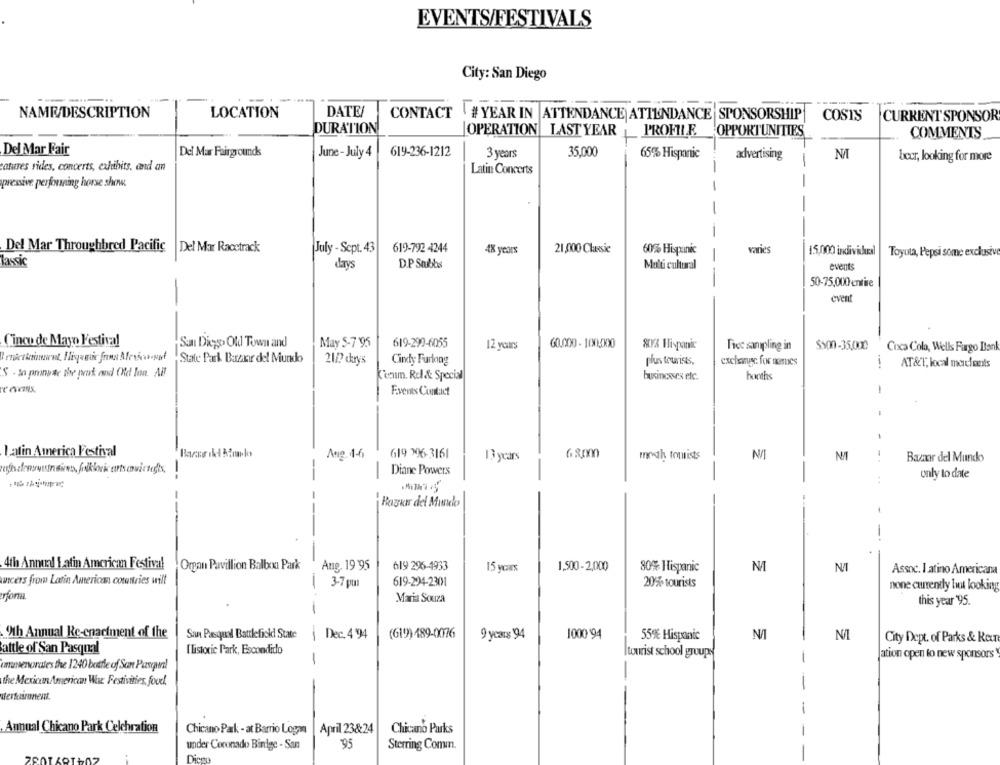
EVENTS/FESTIVALS
City: San Diego
NAME/DESCRIPTION
LOCATION
DATE/
CONTACT # YEAR IN ATTENDANCE ATTENDANCE SPONSORSHIP
COSTS
CURRENT SPONSOR
DURATION
OPERATION LAST YEAR
PROFILE
OPPORTUNITIES
COMMENTS
Del Mar Fair
June -July 4
619-236-1212
3 years
35.000
Del Mar Fairgrounds
65% Hispanic
advertising
-
beer, looking for more
atures rides, concerts, exhibits, and an
Latin Concerts
pressive performing horse show.
-
-
-
Del Mar Throughbred Pacific
Del Mar Racetrack
July - Sept. 43
619-792 4244
48 years
21,000 Classic
60% Hispanic
vanes
15,000 indivicheal
Toyota, Pepsi some exclusiv
lassic
days
D.P Stubbs
Multi cultural
events
--
50-75,000 entire
-
event
Cinco de Mayo Festival
San Diego> Old Town and
May 5-7 '95
619-299-6055
12 yours
60.000 - 1001500
80% Hispanic
Free sampling in
$500 -35,000 Coca Cola, Wells Fargo Bank
State Park Bazar del Mundo
Cindy Furlong
21/2 days
plus tourists.
exchange for nestes
! AT&T, local marchants
S - lo prinwie the prot and (Vd len. All
Cecum. Rel & Special
businesses etc.
booths
-
F.vents Contact
latin America Festival
Ang. 1-6
619 396-3161
13 years
month tourists
Bazır del Mundo
-
-
-
Diane Powers
-
-
only to date
Raywir del Mundo
--
-
-
4th Annual 1 atin American Festival Organ Pavillion Balbxx Park
Aug. 19 95
619 296-4933
1,500- 2,000
15 years
80% Hispanic
N/I
Assoc. I atino Americana
wicers from Latin American countries will
619-294-2301
1
3-7 gu
20% tourists
none currently It looking
non
Maria Souza
this year '95.
Oth Annual Re-enactment of the
Sun Pasqual Battlefickdi State
1
Dec. 4 '94
(619) 489-0076
9 years 94
1000 94
55% Hispanic
NA
N/
City Dept. of Parks & Keur
attle of San Pasqual
Ilistorie Park, Escondido
Itourist school groupe
-
ation open to new sponsors
immunenorates the 1240 battle of San Pascal
-
the Mexican American Wat Festivities, foud.
uferkaironent.
-
Annual Chicano Park Celchration
Chicano Park - at Barrio Logan
April 23&24
Chicano Parks
-
under Coronado Binige - San
95
Sterring Comin.